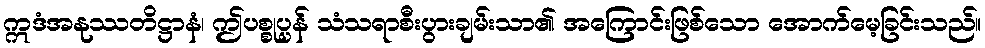
ဣဒံအနုဿတိဋ္ဌာနံ၊ ဤပစ္စုပ္ပန် သံသရာစီးပွားချမ်းသာ၏ အကြောင်းဖြစ်သော အောက်မေ့ခြင်းသည်။